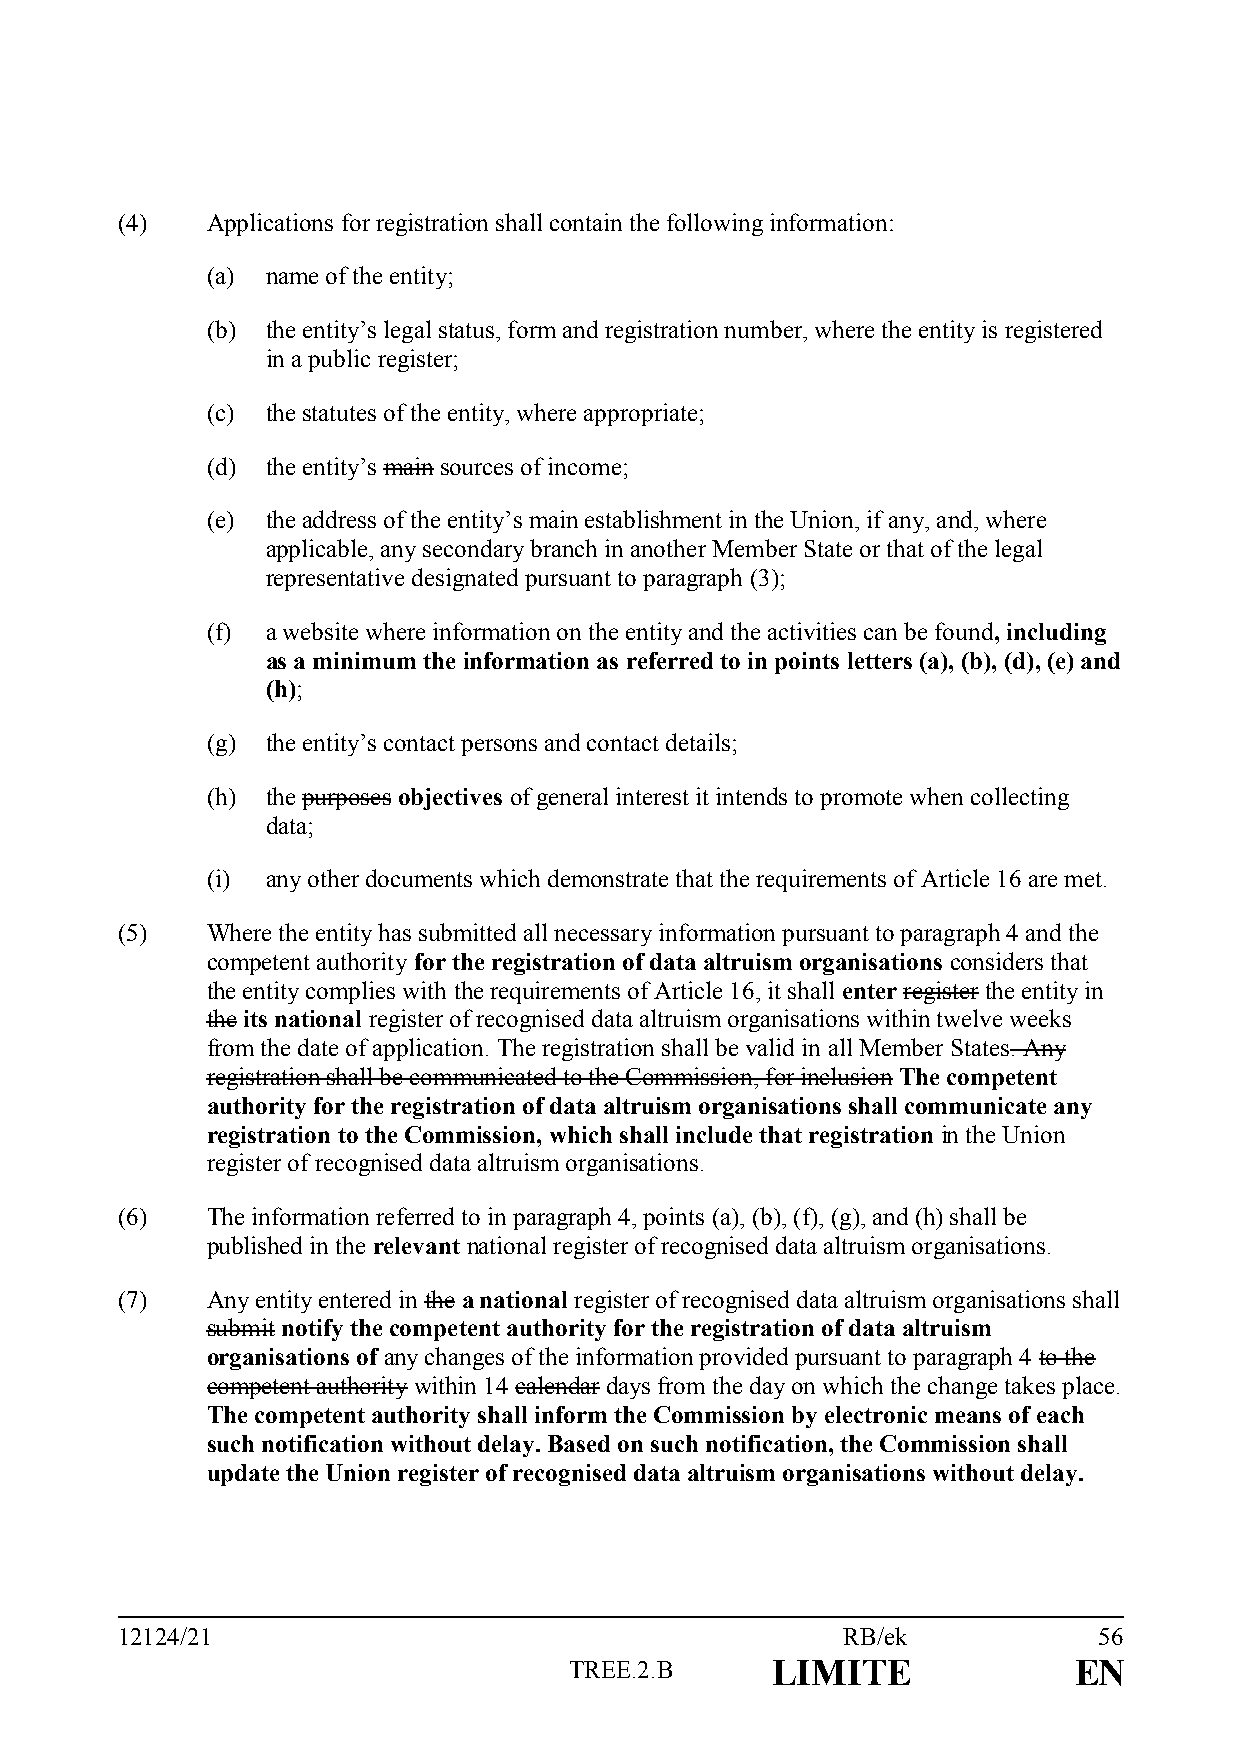
(4)   Applications for registration shall contain the following information:
 (a) name of the entity;
 (b) the entity’s legal status, form and registration number, where the entity is registered
 in a public register;
 (c) the statutes of the entity, where appropriate;
 (d) the entity’s main sources of income;
 (e) the address of the entity’s main establishment in the Union, if any, and, where
 applicable, any secondary branch in another Member State or that of the legal
 representative designated pursuant to paragraph (3);
 (f) a website where information on the entity and the activities can be found, including
 as a minimum the information as referred to in points letters (a), (b), (d), (e) and
 (h);
 (g) the entity’s contact persons and contact details;
 (h) the purposes objectives of general interest it intends to promote when collecting
 data;
 (i) any other documents which demonstrate that the requirements of Article 16 are met.
 (5)   Where the entity has submitted all necessary information pursuant to paragraph 4 and the
 competent authority for the registration of data altruism organisations considers that
 the entity complies with the requirements of Article 16, it shall enter register the entity in
 the its national register of recognised data altruism organisations within twelve weeks
 from the date of application. The registration shall be valid in all Member States. Any
 registration shall be communicated to the Commission, for inclusion The competent
 authority for the registration of data altruism organisations shall communicate any
 registration to the Commission, which shall include that registration in the Union
 register of recognised data altruism organisations.
 (6)   The information referred to in paragraph 4, points (a), (b), (f), (g), and (h) shall be
 published in the relevant national register of recognised data altruism organisations.
 (7)   Any entity entered in the a national register of recognised data altruism organisations shall
 submit notify the competent authority for the registration of data altruism
 organisations of any changes of the information provided pursuant to paragraph 4 to the
 competent authority within 14 calendar days from the day on which the change takes place.
 The competent authority shall inform the Commission by electronic means of each
 such notification without delay. Based on such notification, the Commission shall
 update the Union register of recognised data altruism organisations without delay.
 12124/21                                        RB/ek            56
 TREE.2.B     LIMITE              EN